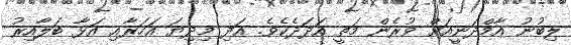
ލިބުނު އާމްދަނީއަށް ވުރެން މަތީ އަދަދެކެވެ. އަދި މިދިޔަ އަހަރާއި އަޅާ ބަލާއިރު